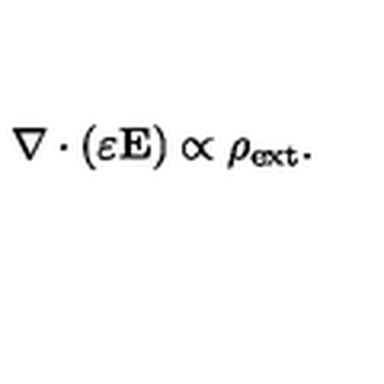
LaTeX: { \bf \nabla } \cdot ( \varepsilon { \bf E } ) \propto \rho _ { \mathrm { e x t } } .